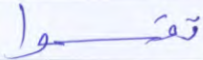
اقتلوه